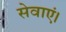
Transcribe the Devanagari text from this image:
सेवाएं।